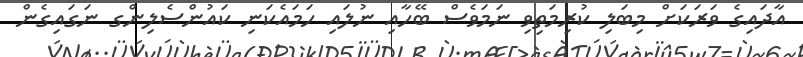
އާދައިގެ ވަރަކަށް މިބަލި ކުރިމަތިވި ނަމަވެސް ބޭހާއި ނުލައި ހަމައެކަނި ކައުންސެލިންގ ނަގައިގެން